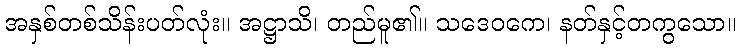
အနှစ်တစ်သိန်းပတ်လုံး။ အဋ္ဌာသိ၊ တည်မူ၏။ သဒေဝကေ၊ နတ်နှင့်တကွသော။